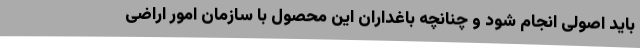
باید اصولی انجام شود و چنانچه باغداران این محصول با سازمان امور اراضی